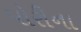
પોરીના